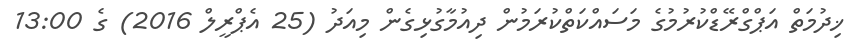
ޚިދުމަތް އަޕްގްރޭޑްކުރުމުގެ މަސައްކަތްކުރަމުން ދިއުމާގުޅިގެން މިއަދު (25 އެޕްރީލް 2016) ގެ 13:00